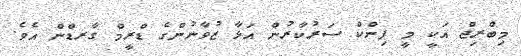
މިބްރިޖް އަކީ މީ ޕިންކް ސަރުކާރުން އަޅާ ޒުވާނުންގެ ޑްރީމް ގާރޑްން އެވެ.